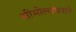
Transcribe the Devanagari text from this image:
सीमोल्लंघनाने